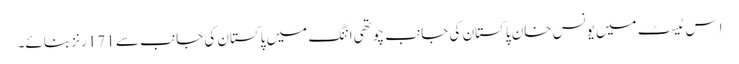
اِس ٹیسٹ میں یونس خان پاکستان کی جانب چوتھی اننگ میں پاکستان کی جانب سے 171 رنز بنائے۔